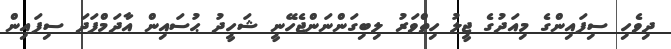
ދިވެހި ސިފައިންގެ މިއަދުގެ ޖީލު ހިތްވަރު ލިބިގަންނަންޖެހޭނީ ޝަހީދު ޙުސައިން އާދަމްފަދަ ސިފައިން